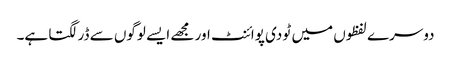
دوسرے لفظوں میں ٹو دی پوائنٹ اور مجھے ایسے لوگوں سے ڈر لگتا ہے۔